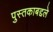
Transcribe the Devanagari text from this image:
पुस्तकाबद्दले